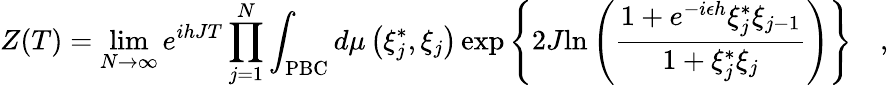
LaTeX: Z(T)=\operatorname*{lim}_{N\rightarrow\infty}e^{ihJT}\prod_{j=1}^{N}\int_{\mathrm{PBC}}{{d\mu\left({\xi_{j}^{*},\xi_{j}}\right)}\exp\left\{ {2J{\ln\left({{\frac{1+e^{-i\epsilon h}\xi_{j}^{*}\xi_{j-1}}{1+\xi_{j}^{*}\xi_{j}}}}\right)}}\right\} }\quad,